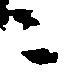
ニ